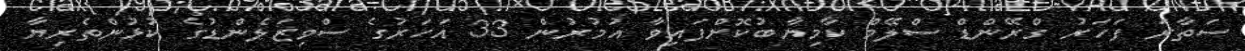
ސަތާރަ ފަހަރު ގްރޭންޑް ސްލޭމް ކާމިޔާބުކޮށްފައިވާ އުމުރުން 33 އަހަރުގެ ސްވިޒަލެންޑުގެ ކުޅުންތެރިޔާ